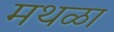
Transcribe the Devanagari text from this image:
मथळा